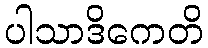
ပါသာဒိကေတိ